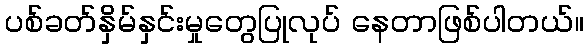
ပစ်ခတ်နှိမ်နှင်းမှုတွေပြုလုပ် နေတာဖြစ်ပါတယ်။